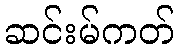
ဆင်းမ်ကတ်